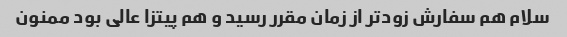
سلام هم سفارش زودتر از زمان مقرر رسید و هم پیتزا عالی بود ممنون